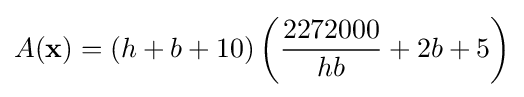
A(\mathbf {x} )=(h+b+10)\left({\frac {2272000}{hb}}+2b+5\right)